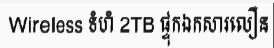
Wireless ទំហំ 2TB ផ្ទុកឯកសារលឿន